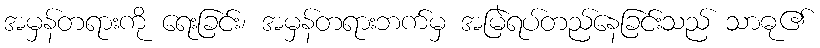
အမှန်တရားကို ရေးခြင်း၊ အမှန်တရားဘက်မှ အမြဲရပ်တည်နေခြင်းသည် သာဓု၏